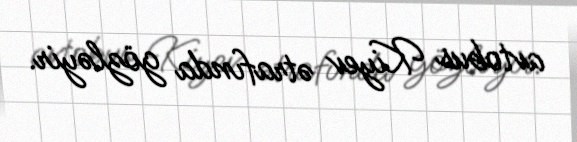
avtobus Kiyev ətrafında gözləyir.